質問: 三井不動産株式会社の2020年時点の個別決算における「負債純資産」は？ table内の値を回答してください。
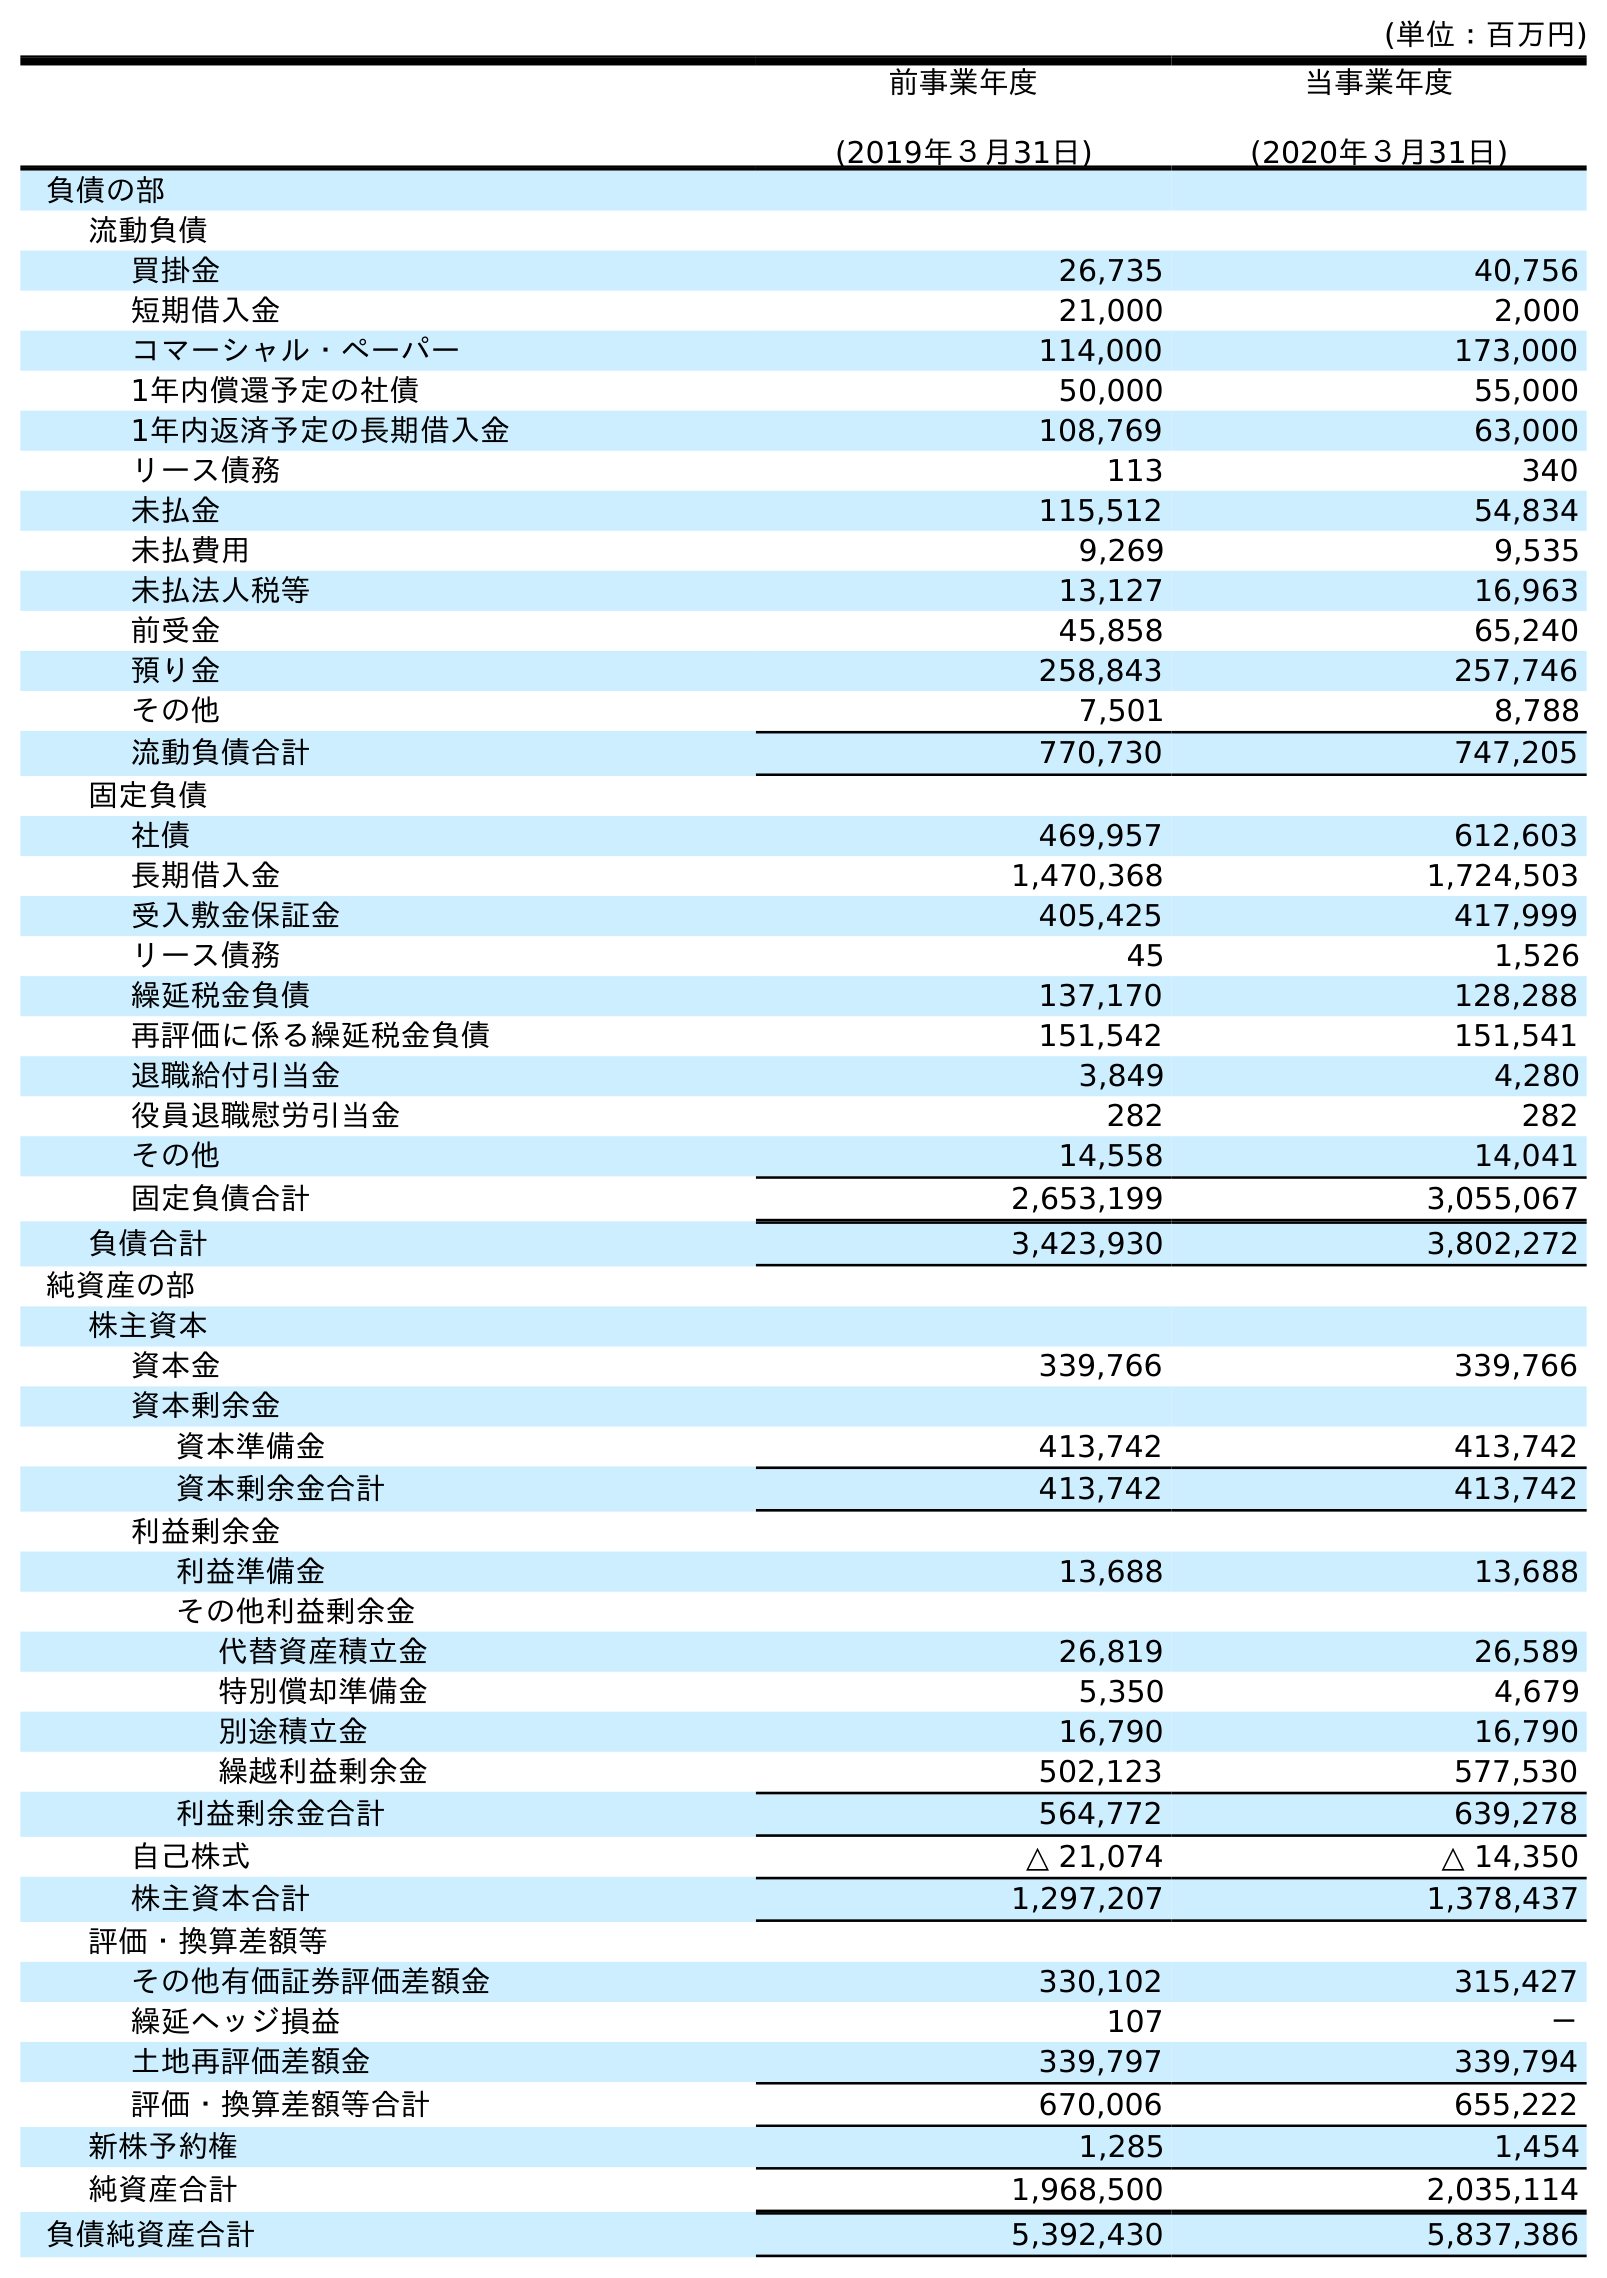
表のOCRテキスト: (単位：百万円) 前事業年度 (2019年３月31日) 当事業年度 (2020年３月31日) 負債の部 流動負債 買掛金 26,735 40,756 短期借入金 21,000 2,000 コマーシャル・ペーパー 114,000 173,000 1年内償還予定の社債 50,000 55,000 1年内返済予定の長期借入金 108,769 63,000 リース債務 113 340 未払金 115,512 54,834 未払費用 9,269 9,535 未払法人税等 13,127 16,963 前受金 45,858 65,240 預り金 258,843 257,746 その他 7,501 8,788 流動負債合計 770,730 747,205 固定負債 社債 469,957 612,603 長期借入金 1,470,368 1,724,503 受入敷金保証金 405,425 417,999 リース債務 45 1,526 繰延税金負債 137,170 128,288 再評価に係る繰延税金負債 151,542 151,541 退職給付引当金 3,849 4,280 役員退職慰労引当金 282 282 その他 14,558 14,041 固定負債合計 2,653,199 3,055,067 負債合計 3,423,930 3,802,272 純資産の部 株主資本 資本金 339,766 339,766 資本剰余金 資本準備金 413,742 413,742 資本剰余金合計 413,742 413,742 利益剰余金 利益準備金 13,688 13,688 その他利益剰余金 代替資産積立金 26,819 26,589 特別償却準備金 5,350 4,679 別途積立金 16,790 16,790 繰越利益剰余金 502,123 577,530 利益剰余金合計 564,772 639,278 自己株式 △ 21,074 △ 14,350 株主資本合計 1,297,207 1,378,437 評価・換算差額等 その他有価証券評価差額金 330,102 315,427 繰延ヘッジ損益 107 － 土地再評価差額金 339,797 339,794 評価・換算差額等合計 670,006 655,222 新株予約権 1,285 1,454 純資産合計 1,968,500 2,035,114 負債純資産合計 5,392,430 5,837,386
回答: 5,837,386